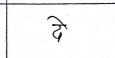
मजकूर: दे